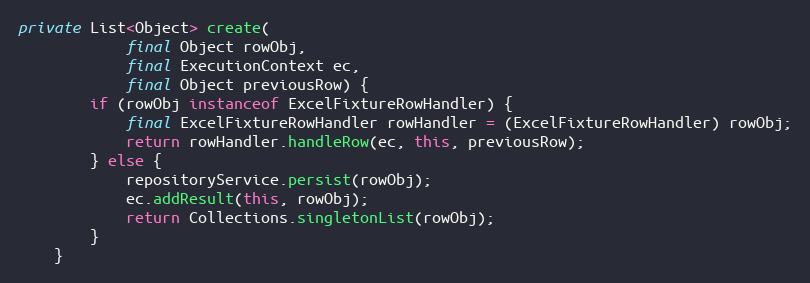
Language: Java
private List<Object> create(
            final Object rowObj,
            final ExecutionContext ec,
            final Object previousRow) {
        if (rowObj instanceof ExcelFixtureRowHandler) {
            final ExcelFixtureRowHandler rowHandler = (ExcelFixtureRowHandler) rowObj;
            return rowHandler.handleRow(ec, this, previousRow);
        } else {
            repositoryService.persist(rowObj);
            ec.addResult(this, rowObj);
            return Collections.singletonList(rowObj);
        }
    }